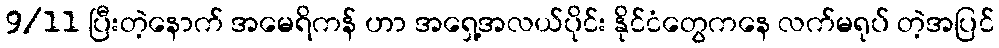
9/11 ပြီးတဲ့နောက် အမေရိကန် ဟာ အရှေ့အလယ်ပိုင်း နိုင်ငံတွေကနေ လက်မရုပ် တဲ့အပြင်